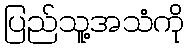
ပြည်သူ့အသံကို